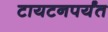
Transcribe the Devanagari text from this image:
टायटनपर्यंत